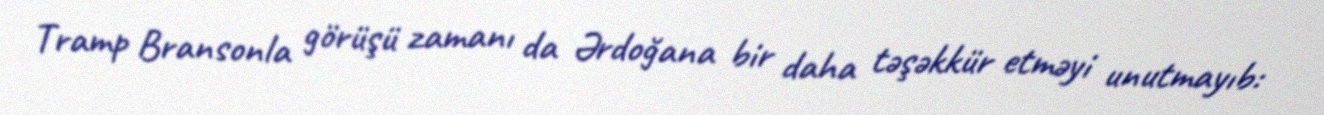
Tramp Bransonla görüşü zamanı da Ərdoğana bir daha təşəkkür etməyi unutmayıb: